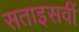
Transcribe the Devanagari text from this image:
सताइसवीं